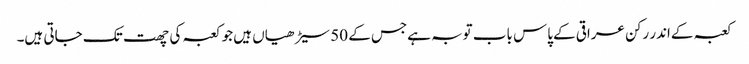
کعبہ کےاندر رکن عراقی کےپاس باب توبہ ہےجس کے 50 سیڑھیاں ہیں جو کعبہ کی چھت تک جاتی ہیں۔